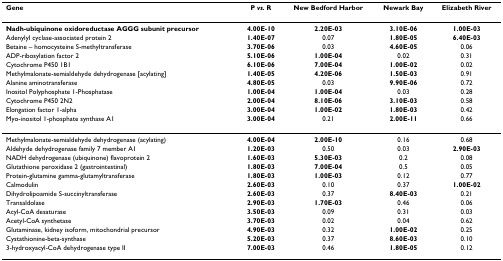
<table><thead><tr><td><b>Gene</b></td><td><b>P <i>vs. </i>R</b></td><td><b>New Bedford Harbor</b></td><td><b>Newark Bay</b></td><td><b>Elizabeth River</b></td></tr></thead><tbody><tr><td><b>Nadh-ubiquinone oxidoreductase AGGG subunit precursor</b></td><td><b>4.00E-10</b></td><td><b>2.20E-03</b></td><td><b>3.10E-06</b></td><td><b>1.00E-03</b></td></tr><tr><td>Adenylyl cyclase-associated protein 2</td><td><b>1.40E-07</b></td><td>0.07</td><td><b>1.80E-05</b></td><td><b>6.40E-03</b></td></tr><tr><td>Betaine – homocysteine S-methyltransferase</td><td><b>3.70E-06</b></td><td>0.03</td><td><b>4.60E-05</b></td><td>0.06</td></tr><tr><td>ADP-ribosylation factor 2</td><td><b>5.10E-06</b></td><td><b>1.00E-04</b></td><td>0.02</td><td>0.31</td></tr><tr><td>Cytochrome P450 1B1</td><td><b>6.10E-06</b></td><td><b>7.00E-04</b></td><td><b>1.00E-02</b></td><td>0.02</td></tr><tr><td>Methylmalonate-semialdehyde dehydrogenase [acylating]</td><td><b>1.40E-05</b></td><td><b>4.20E-06</b></td><td><b>1.50E-03</b></td><td>0.91</td></tr><tr><td>Alanine aminotransferase</td><td><b>4.80E-05</b></td><td>0.03</td><td><b>9.90E-06</b></td><td>0.72</td></tr><tr><td>Inositol Polyphosphate 1-Phosphatase</td><td><b>1.00E-04</b></td><td><b>1.00E-04</b></td><td>0.03</td><td>0.28</td></tr><tr><td>Cytochrome P450 2N2</td><td><b>2.00E-04</b></td><td><b>8.10E-06</b></td><td><b>3.10E-03</b></td><td>0.58</td></tr><tr><td>Elongation factor 1-alpha</td><td><b>3.00E-04</b></td><td><b>1.00E-02</b></td><td><b>1.80E-03</b></td><td>0.42</td></tr><tr><td>Myo-inositol 1-phosphate synthase A1</td><td><b>3.00E-04</b></td><td>0.21</td><td><b>2.00E-11</b></td><td>0.66</td></tr><tr><td>Methylmalonate-semialdehyde dehydrogenase (acylating)</td><td><b>4.00E-04</b></td><td><b>2.00E-10</b></td><td>0.16</td><td>0.68</td></tr><tr><td>Aldehyde dehydrogenase family 7 member A1</td><td><b>1.20E-03</b></td><td>0.50</td><td>0.03</td><td><b>2.90E-03</b></td></tr><tr><td>NADH dehydrogenase (ubiquinone) flavoprotein 2</td><td><b>1.60E-03</b></td><td><b>5.30E-03</b></td><td>0.2</td><td>0.08</td></tr><tr><td>Glutathione peroxidase 2 (gastrointestinal)</td><td><b>1.80E-03</b></td><td><b>7.00E-04</b></td><td>0.5</td><td>0.05</td></tr><tr><td>Protein-glutamine gamma-glutamyltransferase</td><td><b>1.80E-03</b></td><td><b>1.00E-03</b></td><td>0.12</td><td>0.77</td></tr><tr><td>Calmodulin</td><td><b>2.60E-03</b></td><td>0.10</td><td>0.37</td><td><b>1.00E-02</b></td></tr><tr><td>Dihydrolipoamide S-succinyltransferase</td><td><b>2.60E-03</b></td><td>0.37</td><td><b>8.40E-03</b></td><td>0.21</td></tr><tr><td>Transaldolase</td><td><b>2.90E-03</b></td><td><b>1.70E-03</b></td><td>0.46</td><td>0.06</td></tr><tr><td>Acyl-CoA desaturase</td><td><b>3.50E-03</b></td><td>0.09</td><td>0.31</td><td>0.03</td></tr><tr><td>Acetyl-CoA synthetase</td><td><b>3.70E-03</b></td><td>0.02</td><td>0.04</td><td>0.62</td></tr><tr><td>Glutaminase, kidney isoform, mitochondrial precursor</td><td><b>4.90E-03</b></td><td>0.32</td><td><b>1.00E-02</b></td><td>0.25</td></tr><tr><td>Cystathionine-beta-synthase</td><td><b>5.20E-03</b></td><td>0.37</td><td><b>8.60E-03</b></td><td>0.10</td></tr><tr><td>3-hydroxyacyl-CoA dehydrogenase type II</td><td><b>7.00E-03</b></td><td>0.46</td><td><b>1.80E-05</b></td><td>0.12</td></tr></tbody></table>